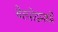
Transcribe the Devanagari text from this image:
बेलग्रेडमध्ये